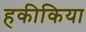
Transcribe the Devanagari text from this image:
हकीकिया